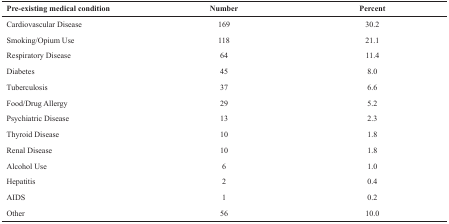
<table><thead><tr><td><b>Pre-existing medical condition</b></td><td><b>Number</b></td><td><b>Percent</b></td></tr></thead><tbody><tr><td>Cardiovascular Disease</td><td>169</td><td>30.2</td></tr><tr><td>Smoking/Opium Use</td><td>118</td><td>21.1</td></tr><tr><td>Respiratory Disease</td><td>64</td><td>11.4</td></tr><tr><td>Diabetes</td><td>45</td><td>8.0</td></tr><tr><td>Tuberculosis</td><td>37</td><td>6.6</td></tr><tr><td>Food/Drug Allergy</td><td>29</td><td>5.2</td></tr><tr><td>Psychiatric Disease</td><td>13</td><td>2.3</td></tr><tr><td>Thyroid Disease</td><td>10</td><td>1.8</td></tr><tr><td>Renal Disease</td><td>10</td><td>1.8</td></tr><tr><td>Alcohol Use</td><td>6</td><td>1.0</td></tr><tr><td>Hepatitis</td><td>2</td><td>0.4</td></tr><tr><td>AIDS</td><td>1</td><td>0.2</td></tr><tr><td>Other</td><td>56</td><td>10.0</td></tr></tbody></table>